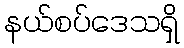
နယ်စပ်ဒေသရှိ